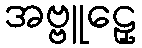
အဗ္ဗူဠှေ